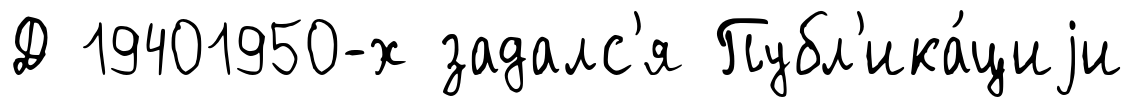
Д 19401950-х задалс'я Публ'ика́циjи